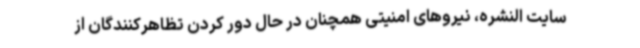
سایت النشره، نیروهای امنیتی همچنان در حال دور کردن تظاهرکنندگان از